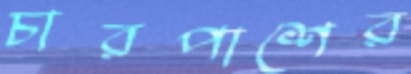
চারপাশের